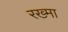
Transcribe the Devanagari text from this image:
रख्मा